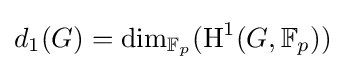
d_{1}(G)=\mathrm {dim} _{\mathbb {F} _{p}}(\mathrm {H} ^{1}(G,\mathbb {F} _{p}))